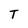
Character: T